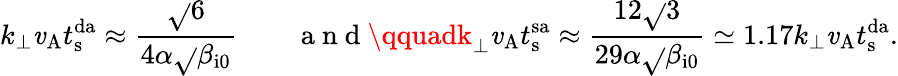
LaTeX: k_{\perp}\mathit{v}_{\mathrm{{A}}}t_{\mathrm{{s}}}^{\mathrm{{da}}}\approx\frac{{\sqrt{}{{6}}}}{{4\alpha\sqrt{}{{\beta_{\mathrm{{i0}}}}}}}\qquad\mathrm{{~a~n~d~}}\qquadk_{\perp}\mathit{v}_{\mathrm{{A}}}t_{\mathrm{{s}}}^{\mathrm{{sa}}}\approx\frac{{12\sqrt{}{{3}}}}{{29\alpha\sqrt{}{{\beta_{\mathrm{{i0}}}}}}}\simeq1.17k_{\perp}\mathit{v}_{\mathrm{{A}}}t_{\mathrm{{s}}}^{\mathrm{{da}}}.